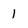
Character: 1